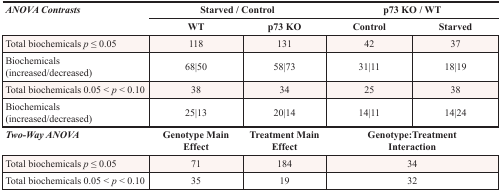
| <ROWSPAN=2> ANOVA Contrasts | <COLSPAN=2> Starved/Control | <COLSPAN=2> p73 KO/WT |
 | WT | p73 KO | Control | Starved |
 | --- | --- | --- | --- | --- |
 | Total biochemicals p ≤ 0.05 | 118 | 131 | 42 | 37 |
 | Biochemicals (increased/decreased) | 68|50 | 58|73 | 31|11 | 18|19 |
 | Total biochemicals 0.05 < p < 0.10 | 38 | 34 | 25 | 38 |
 | Biochemicals (increased/decreased) | 25|13 | 20|14 | 14|11 | 14|24 |
 | Two-Way ANOVA | Genotype Main Effect | Treatment Main Effect | <COLSPAN=2> Genotype:Treatment Interaction |
 | Total biochemicals p ≤ 0.05 | 71 | 184 | <COLSPAN=2> 34 |
 | Total biochemicals 0.05 < p < 0.10 | 35 | 19 | <COLSPAN=2> 32 |